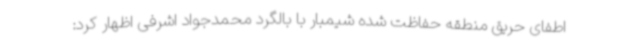
اطفای حریق منطقه حفاظت شده شیمبار با بالگرد محمدجواد اشرفی اظهار کرد: